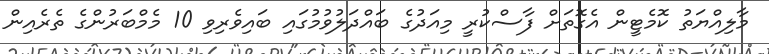
މާލިއްޔަތު ކޮމެޓީން އެގޮތަށް ފާސްކުރީ މިއަދުގެ ބައްދަލުވުމުގައި ބައިވެރިވި 10 މެމްބަރުންގެ ތެރެއިން